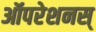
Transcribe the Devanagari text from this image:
ऑपरेशनस्